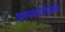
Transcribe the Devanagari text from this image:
आपल्याऐवजी